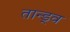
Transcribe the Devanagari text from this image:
तान्ड्व